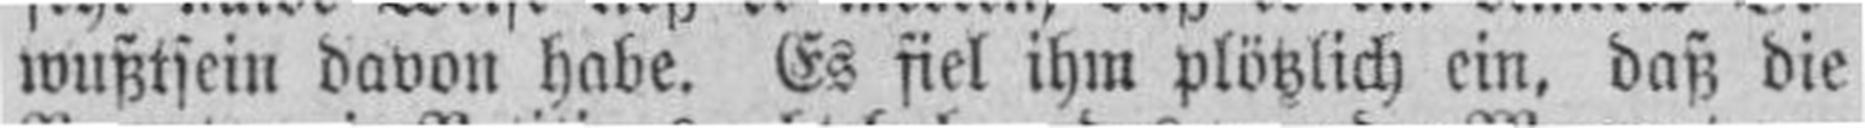
wußtsein davon habe. Es fiel ihm plötzlich ein, daß die